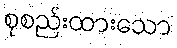
စုစည်းထားသော